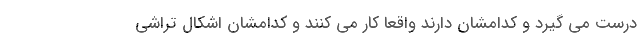
درست می گیرد و کدامشان دارند واقعا کار می کنند و کدامشان اشکال تراشی